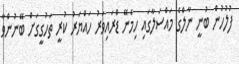
ފުލުހުން ބުނީ ނާލްގެ މައްސަލާގައި ހިމެނޭ ޑްރައިވަރު ހައްޔަރު ކުރީ ތަހުގީގަށް ބޭނުންވާ